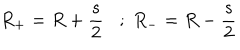
R _ { + } = R + \frac { s } { 2 } ; \; R _ { - } = R - \frac { s } { 2 }